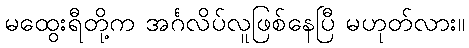
မထွေးရီတို့က အင်္ဂလိပ်လူဖြစ်နေပြီ မဟုတ်လား။